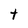
Character: t